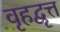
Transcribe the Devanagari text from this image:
वृहद्वृत्त